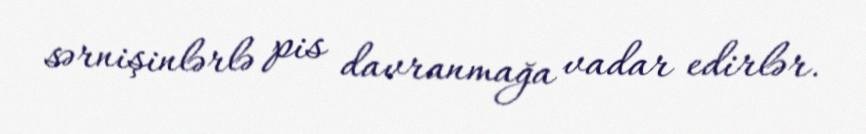
sərnişinlərlə pis davranmağa vadar edirlər.